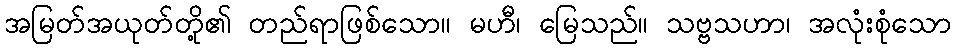
အမြတ်အယုတ်တို့၏ တည်ရာဖြစ်သော။ မဟီ၊ မြေသည်။ သဗ္ဗသဟာ၊ အလုံးစုံသော